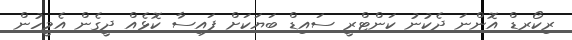
ރިކޯރޑް އޮންނަ ދެކުނު ކަންޓްްރީ ސައިޑް ބަޔަކަށް ފައިސާ ކޮޅެއް ދީގެން އެމީހުން